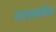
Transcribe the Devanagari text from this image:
तत्त्ववेध